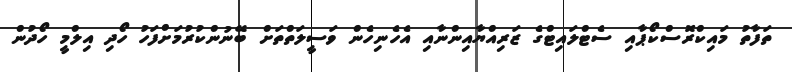
ތަފާތު މައިކްރޮސްކޯޕާއި ސެޓްލައިޓްގެ ޒަރިއްޔާއިންނާއި އެހެނިހެން ވަސީލަތްތަށް ބޭނުންކުރުމަށްފަހު ހޯދި އިލްމީ ހޯދުން